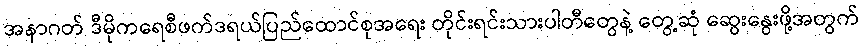
အနာဂတ် ဒီမိုကရေစီဖက်ဒရယ်ပြည်ထောင်စုအရေး တိုင်းရင်းသားပါတီတွေနဲ့ တွေ့ဆုံ ဆွေးနွေးဖို့အတွက်